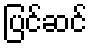
ပြင်ဆင်